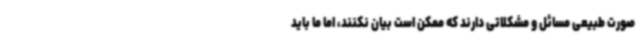
صورت طبیعی مسائل و مشکلاتی دارند که ممکن است بیان نکنند، اما ما باید